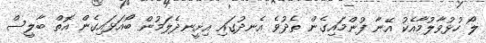
ލޯ ހުޅުވާލުމާއެކު އޭނާ ފުންމައިގެން ތެދުވެ އެނދުގައި އިށީނދެލަމުން ބޯއަޅައިގެން އޮތް ބާލީސް